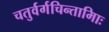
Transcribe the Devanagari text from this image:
चतुर्वर्गचिन्तामािः